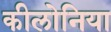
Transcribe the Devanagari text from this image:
कीलोनिया